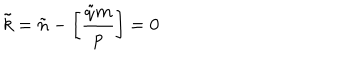
\tilde { k } = \tilde { n } - \left[ { \frac { \tilde { q } m } { p } } \right] = 0